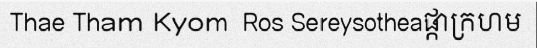
Thae Tham Kyom  Ros Sereysotheaផ្កាក្រហម